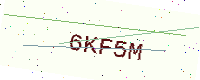
Text: 6KF5M